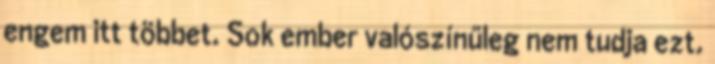
engem itt többet. Sok ember valószínűleg nem tudja ezt.